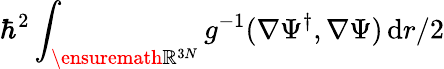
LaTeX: \hbar^{2}\int_{\ensuremath{\mathbb{R}}^{3N}}g^{-1}(\nabla\Psi^{\dagger},\nabla\Psi)\, \mathrm{d}r/2